Vaccination in Bombay 1874-1876 - 1874-1876
Year: 1874
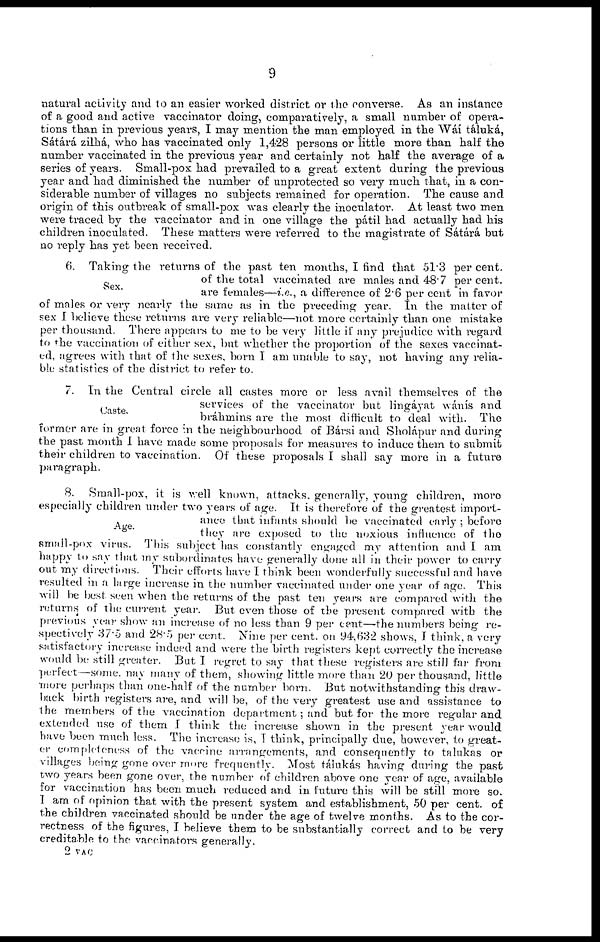
9
natural activity and to an easier worked district or the converse. As an instance
of a good and active vaccinator doing, comparatively, a small number of opera-
tions than in previous years, I may mention the man employed in the Wáí táluká,
Sátárá zilhá, who has vaccinated only 1,428 persons or little more than half the
number vaccinated in the previous year and certainly not half the average of a
series of years. Small-pox had prevailed to a great extent during the previous
year and had diminished the number of unprotected so very much that, in a con-
siderable number of villages no subjects remained for operation. The cause and
origin of this outbreak of small-pox was clearly the inoculator. At least two men
were traced by the vaccinator and in one village the pátil had actually had his
children inoculated. These matters were referred to the magistrate of Sátárá but
no reply has yet been received.
Sex.
6. Taking the returns of the past ten months, I find that 51.3 per cent.
of the total vaccinated are males and 48.7 per cent.
are females—i.e., a difference of 2.6 per cent in favor
of males or very nearly the same as in the preceding year. In the matter of
sex I believe these returns are very reliable—not more certainly than one mistake
per thousand. There appears to me to be very little if any prejudice with regard
to the vaccination of either sex, but whether the proportion of the sexes vaccinat-
ed, agrees with that of the sexes, born I am unable to say, not having any relia-
ble statistics of the district to refer to.
Caste.
7. In the Central circle all castes more or less avail themselves of the
services of the vaccinator but lingáyat wánís and
bráhmins are the most difficult to deal with.
The
former are in great force in the neighbourhood of Bársi and Sholápur and during
the past month I have made some proposals for measures to induce them to submit
their children to vaccination. Of these proposals I shall say more in a future
paragraph.
Age.
8. Small-pox, it is well known, attacks, generally, young children, more
especially children under two years of age. It is therefore of the greatest import-
ance that infants should be vaccinated early ; before
they are exposed to the noxious influence of the
small-pox virus. This subject has constantly engaged my attention and I am
happy to say that my subordinates have generally done all in their power to carry
out my directions. Their efforts have I think been wonderfully successful and have
resulted in a large increase in the number vaccinated under one year of age. This
will be best seen when the returns of the past ten years are compared with the
returns of the current year. But even those of the present compared with the
previous year show an increase of no less than 9 per cent—the numbers being re-
spectively 37.5 and 28.5 per cent. Nine per cent. on 94,632 shows, I think, a very
satisfactory increase indeed and were the birth registers kept correctly the increase
would be still greater. But I regret to say that these registers are still far from
perfect—some may many of them, showing little more than 20 per thousand, little
more perhaps than one-half of the number born. But notwithstanding this draw-
back birth registers are, and will be, of the very greatest use and assistance to
the members of the vaccination department ; and but for the more regular and
extended use of them I think the increase shown in the present year would
have been much less. The increase is, I think, principally due, however, to great-
er completeness of the vaccine arrangements, and consequently to talukas or
villages being gone over more frequently. Most tálukás having during the past
two years been gone over, the number of children above one year of age, available
for vaccination has been much reduced and in future this will be still more so.
I am of opinion that with the present system and establishment, 50 per cent. of
the children vaccinated should be under the age of twelve months. As to the cor-
rectness of the figures, I believe them to be substantially correct and to be very
creditable to the vaccinators generally.
2 VAC